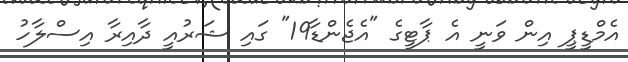
އެމްޑީޕީ އިން ވަނީ އެ ޕާޓީގެ "އެޖެންޑާ19" ގައި ޝަރުއީ ދާއިރާ އިސްލާހު